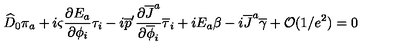
\widehat { D } _ { 0 } \pi _ { a } + i \varsigma { \frac { \partial E _ { a } } { \partial \phi _ { i } } } \tau _ { i } - i \overline { { p } } ^ { \prime } { \frac { \partial \overline { { J } } ^ { a } } { \partial \overline { { \phi } } _ { i } } } \overline { { \tau } } _ { i } + i E _ { a } \beta - i \overline { { J } } ^ { a } \overline { { \gamma } } + { \cal O } ( 1 / e ^ { 2 } ) = 0